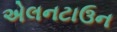
એલનટાઉન